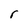
Character: r